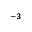
^ { - 3 }